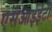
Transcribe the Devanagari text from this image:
एसआईईटी